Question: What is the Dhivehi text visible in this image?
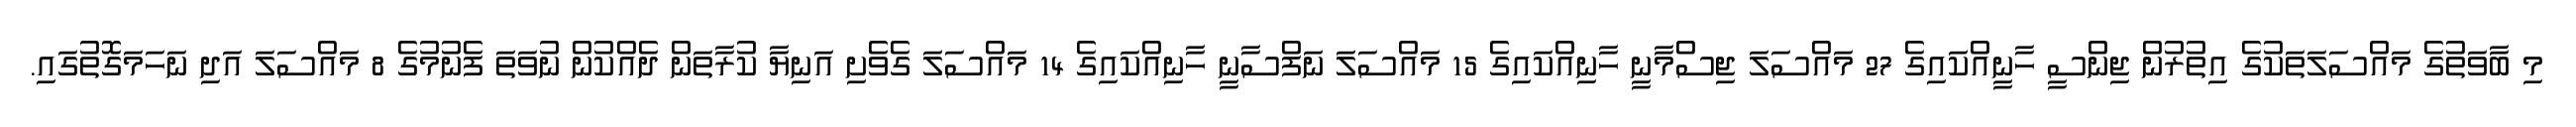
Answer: މި ބާވަތުގެ މައްސަލަތަކުގެ އިތުރުން ޖިންސީ ހާނީއްކައިގެ 27 މައްސަލަ ޖިސްމާނީ ހާނިއްކައިގެ 15 މައްސަލަ ނަފްސާނީ ހާނިއްކައިގެ 14 މައްސަލަ ގެވެށި އަނިޔާ ކުރާތަން ދެއްކުން ނުވަތަ ފެނުމުގެ 8 މައްސަލަ އަދި ނަހަމަގޮތުގައި.